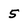
Character: 5